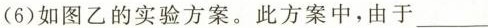
(6)如图乙的实验方案。此方案中，由于___